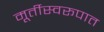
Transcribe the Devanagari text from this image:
मूर्तीस्वरूपात